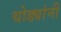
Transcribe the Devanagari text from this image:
थोड्यांनी